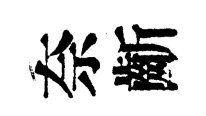
奈齗